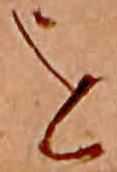
を